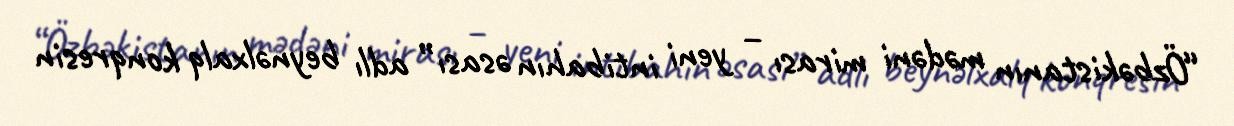
“Özbəkistanın mədəni mirası – yeni intibahın əsası” adlı beynəlxalq konqresin